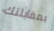
بمقابلتك